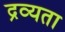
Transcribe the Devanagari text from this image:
द्रव्यता